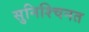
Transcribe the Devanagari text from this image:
सुनिश्चिनत